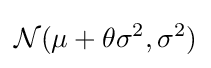
{\mathcal {N}}(\mu +\theta \sigma ^{2},\sigma ^{2})